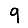
Digit: 9